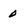
Character: 0